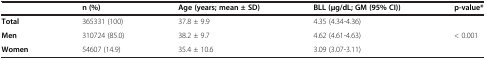
<table><thead><tr><td><b> </b></td><td><b>n (%)</b></td><td><b>Age (years; mean ± SD)</b></td><td><b>BLL (μg/dL; GM (95% CI))</b></td><td><b>p-value*</b></td></tr></thead><tbody><tr><td><b>Total</b></td><td>365331 (100)</td><td>37.8 ± 9.9</td><td>4.35 (4.34-4.36)</td><td> </td></tr><tr><td><b>Men</b></td><td>310724 (85.0)</td><td>38.2 ± 9.7</td><td>4.62 (4.61-4.63)</td><td rowspan="2">&lt; 0.001</td></tr><tr><td><b>Women</b></td><td>54607 (14.9)</td><td>35.4 ± 10.6</td><td>3.09 (3.07-3.11)</td></tr></tbody></table>